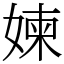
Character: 媡